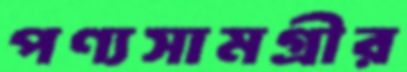
পণ্যসামগ্রীর